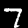
Label: 7